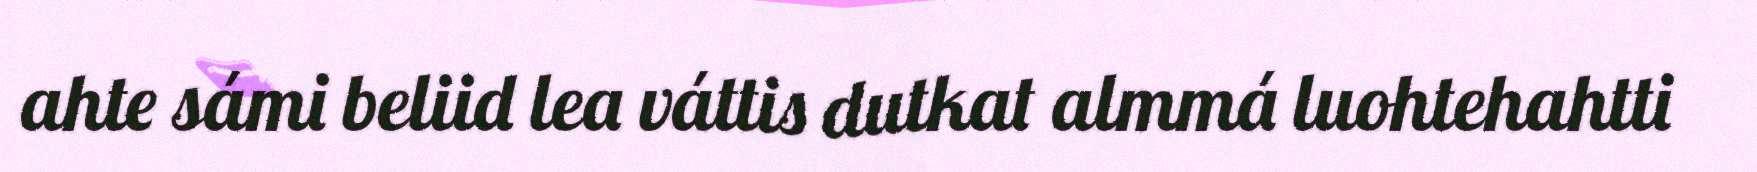
ahte sámi beliid lea váttis dutkat almmá luohtehahtti